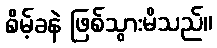
စိမ့်ခနဲ ဖြစ်သွားမိသည်။